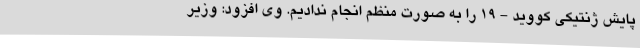
پایش ژنتیکی کووید - ۱۹ را به صورت منظم انجام ندادیم. وی افزود: وزیر